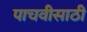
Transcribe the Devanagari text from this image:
पाचवीसाठी